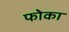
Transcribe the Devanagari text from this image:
फोका